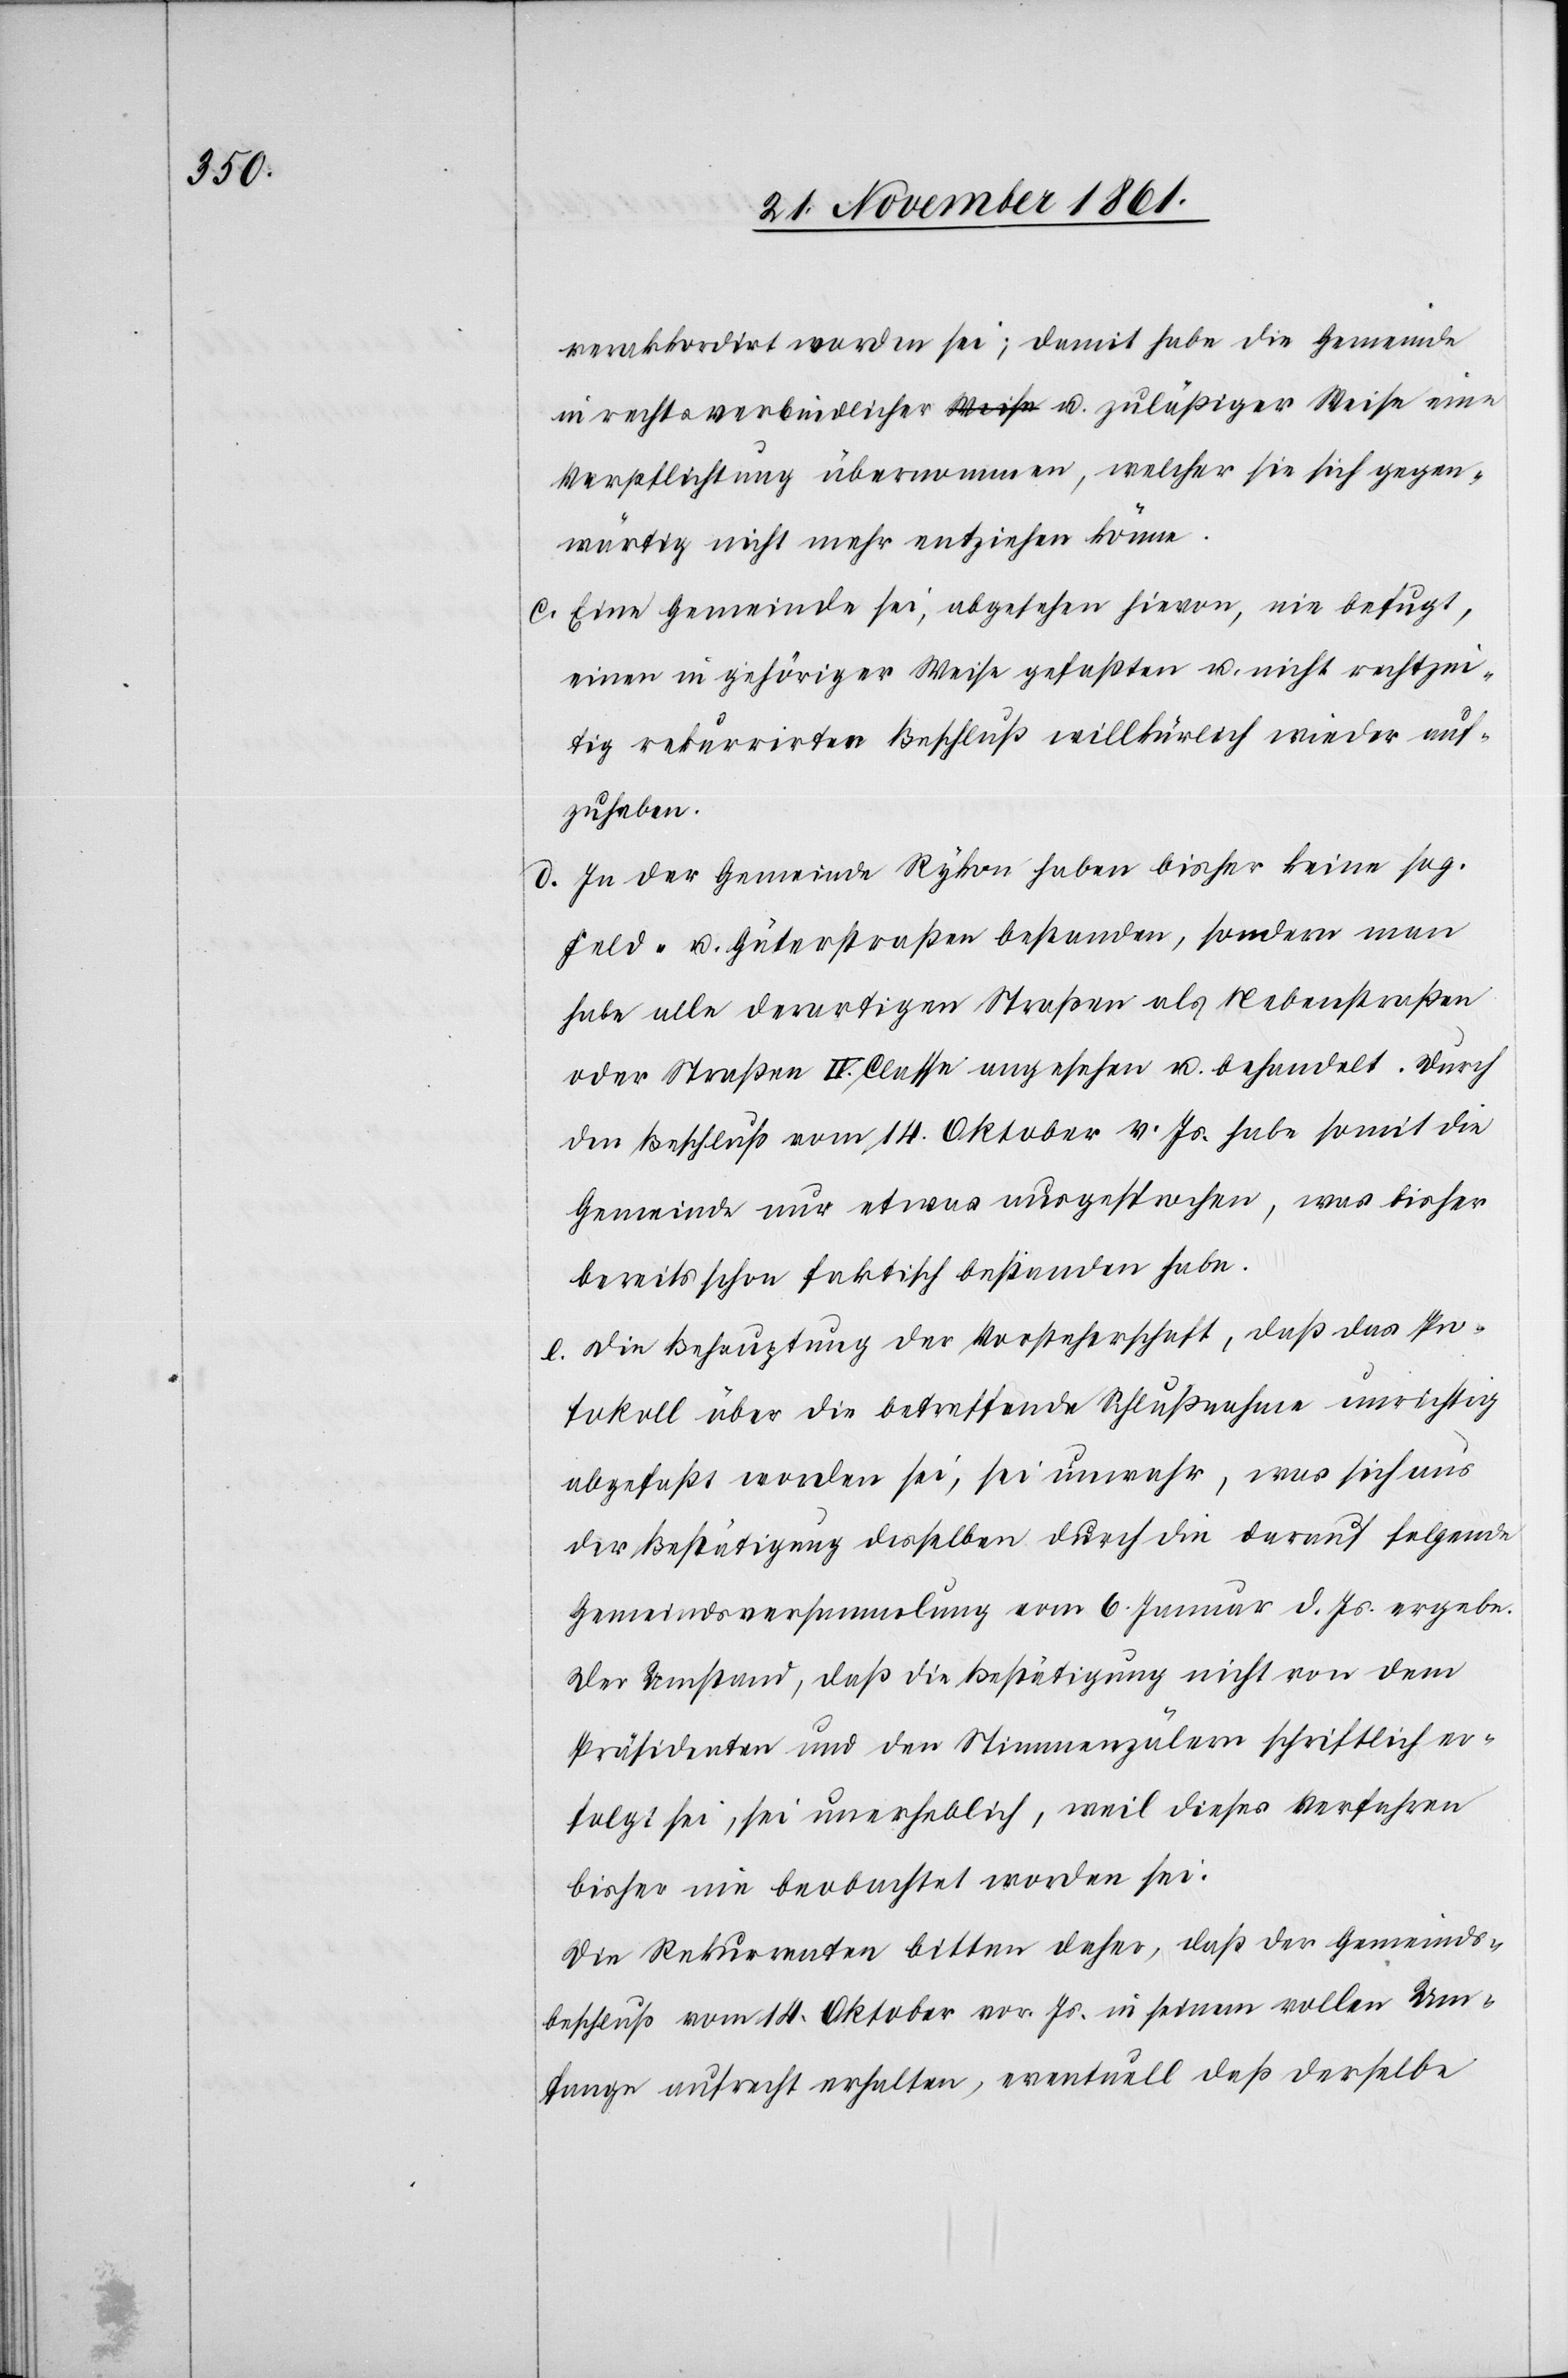
verakkordirt worden sei; damit habe die Gemeinde
in restverbindlicher u. zuläßiger Weise eine
Verpflichtung übernommen, welcher sie sich gegen¬
wärtig nicht mehr entziehen könne.
c. Eine Gemeinde sei, abgesehen hievon, nie befugt,
einen in gehöriger Weise gefaßten u. nicht rechtzei¬
tig rekurrirten Beschluß willkührlich wieder auf¬
zuheben.
d. In der Gemeinde Rykon haben bisher keine sog.
Feld- u. Güterstraßen bestanden, sondern man
habe alle derartigen Straßen als Nebenstraßen
oder Straßen IV. Classe angesehen u. behandelt. Durch
den Beschluß vom 14 Oktober v. Js. habe somit die
Gemeinde nur etwas ausgesprochen, was bisher
bereits schon faktisch bestanden habe.
e. Die Behauptung der Vorsteherschaft, daß das Pro¬
tokoll über die betreffende Schlußnahme unrichtig
abgefaßt worden sei, sei unwahr, was sich aus
der Bestätigung desselben durch die darauf folgende
Gemeindsversammlung vom 6 Januar d. Js. ergebe.
Der Umstand, daß die Bestätigung nicht von dem
Präsidenten und den Stimmzälern schriftlich er¬
folgt sei, sei unerheblich, weil dieses Verfahren
bisher nie beobachtet worden sei.
Die Rekurrenten bitten daher, daß der Gemeinds¬
beschluß vom 14 Oktober vor. Js. in seinem vollen Um¬
fange aufrecht erhalten, eventuell daß derselbe